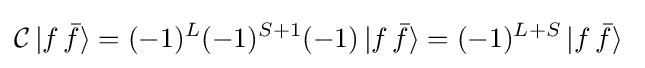
{\mathcal {C}}\,|f\,{\bar {f}}\rangle =(-1)^{L}(-1)^{S+1}(-1)\,|f\,{\bar {f}}\rangle =(-1)^{L+S}\,|f\,{\bar {f}}\rangle ~